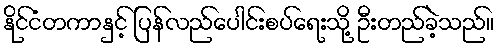
နိုင်ငံတကာနှင့် ပြန်လည်ပေါင်းစပ်ရေးသို့ ဦးတည်ခဲ့သည်။